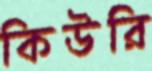
কিউরি